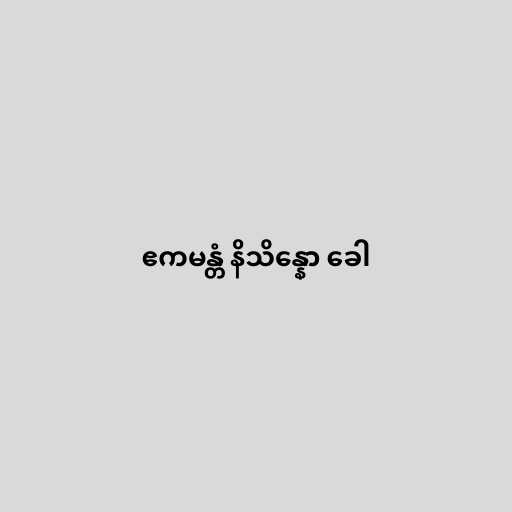
ဧကမန္တံ နိသိန္နော ခေါ